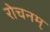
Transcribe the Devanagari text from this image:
रोचनम्